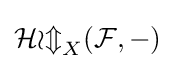
{\mathcal {Hom}}_{X}({\mathcal {F}},-)